EAOK_Sinod, lk 26
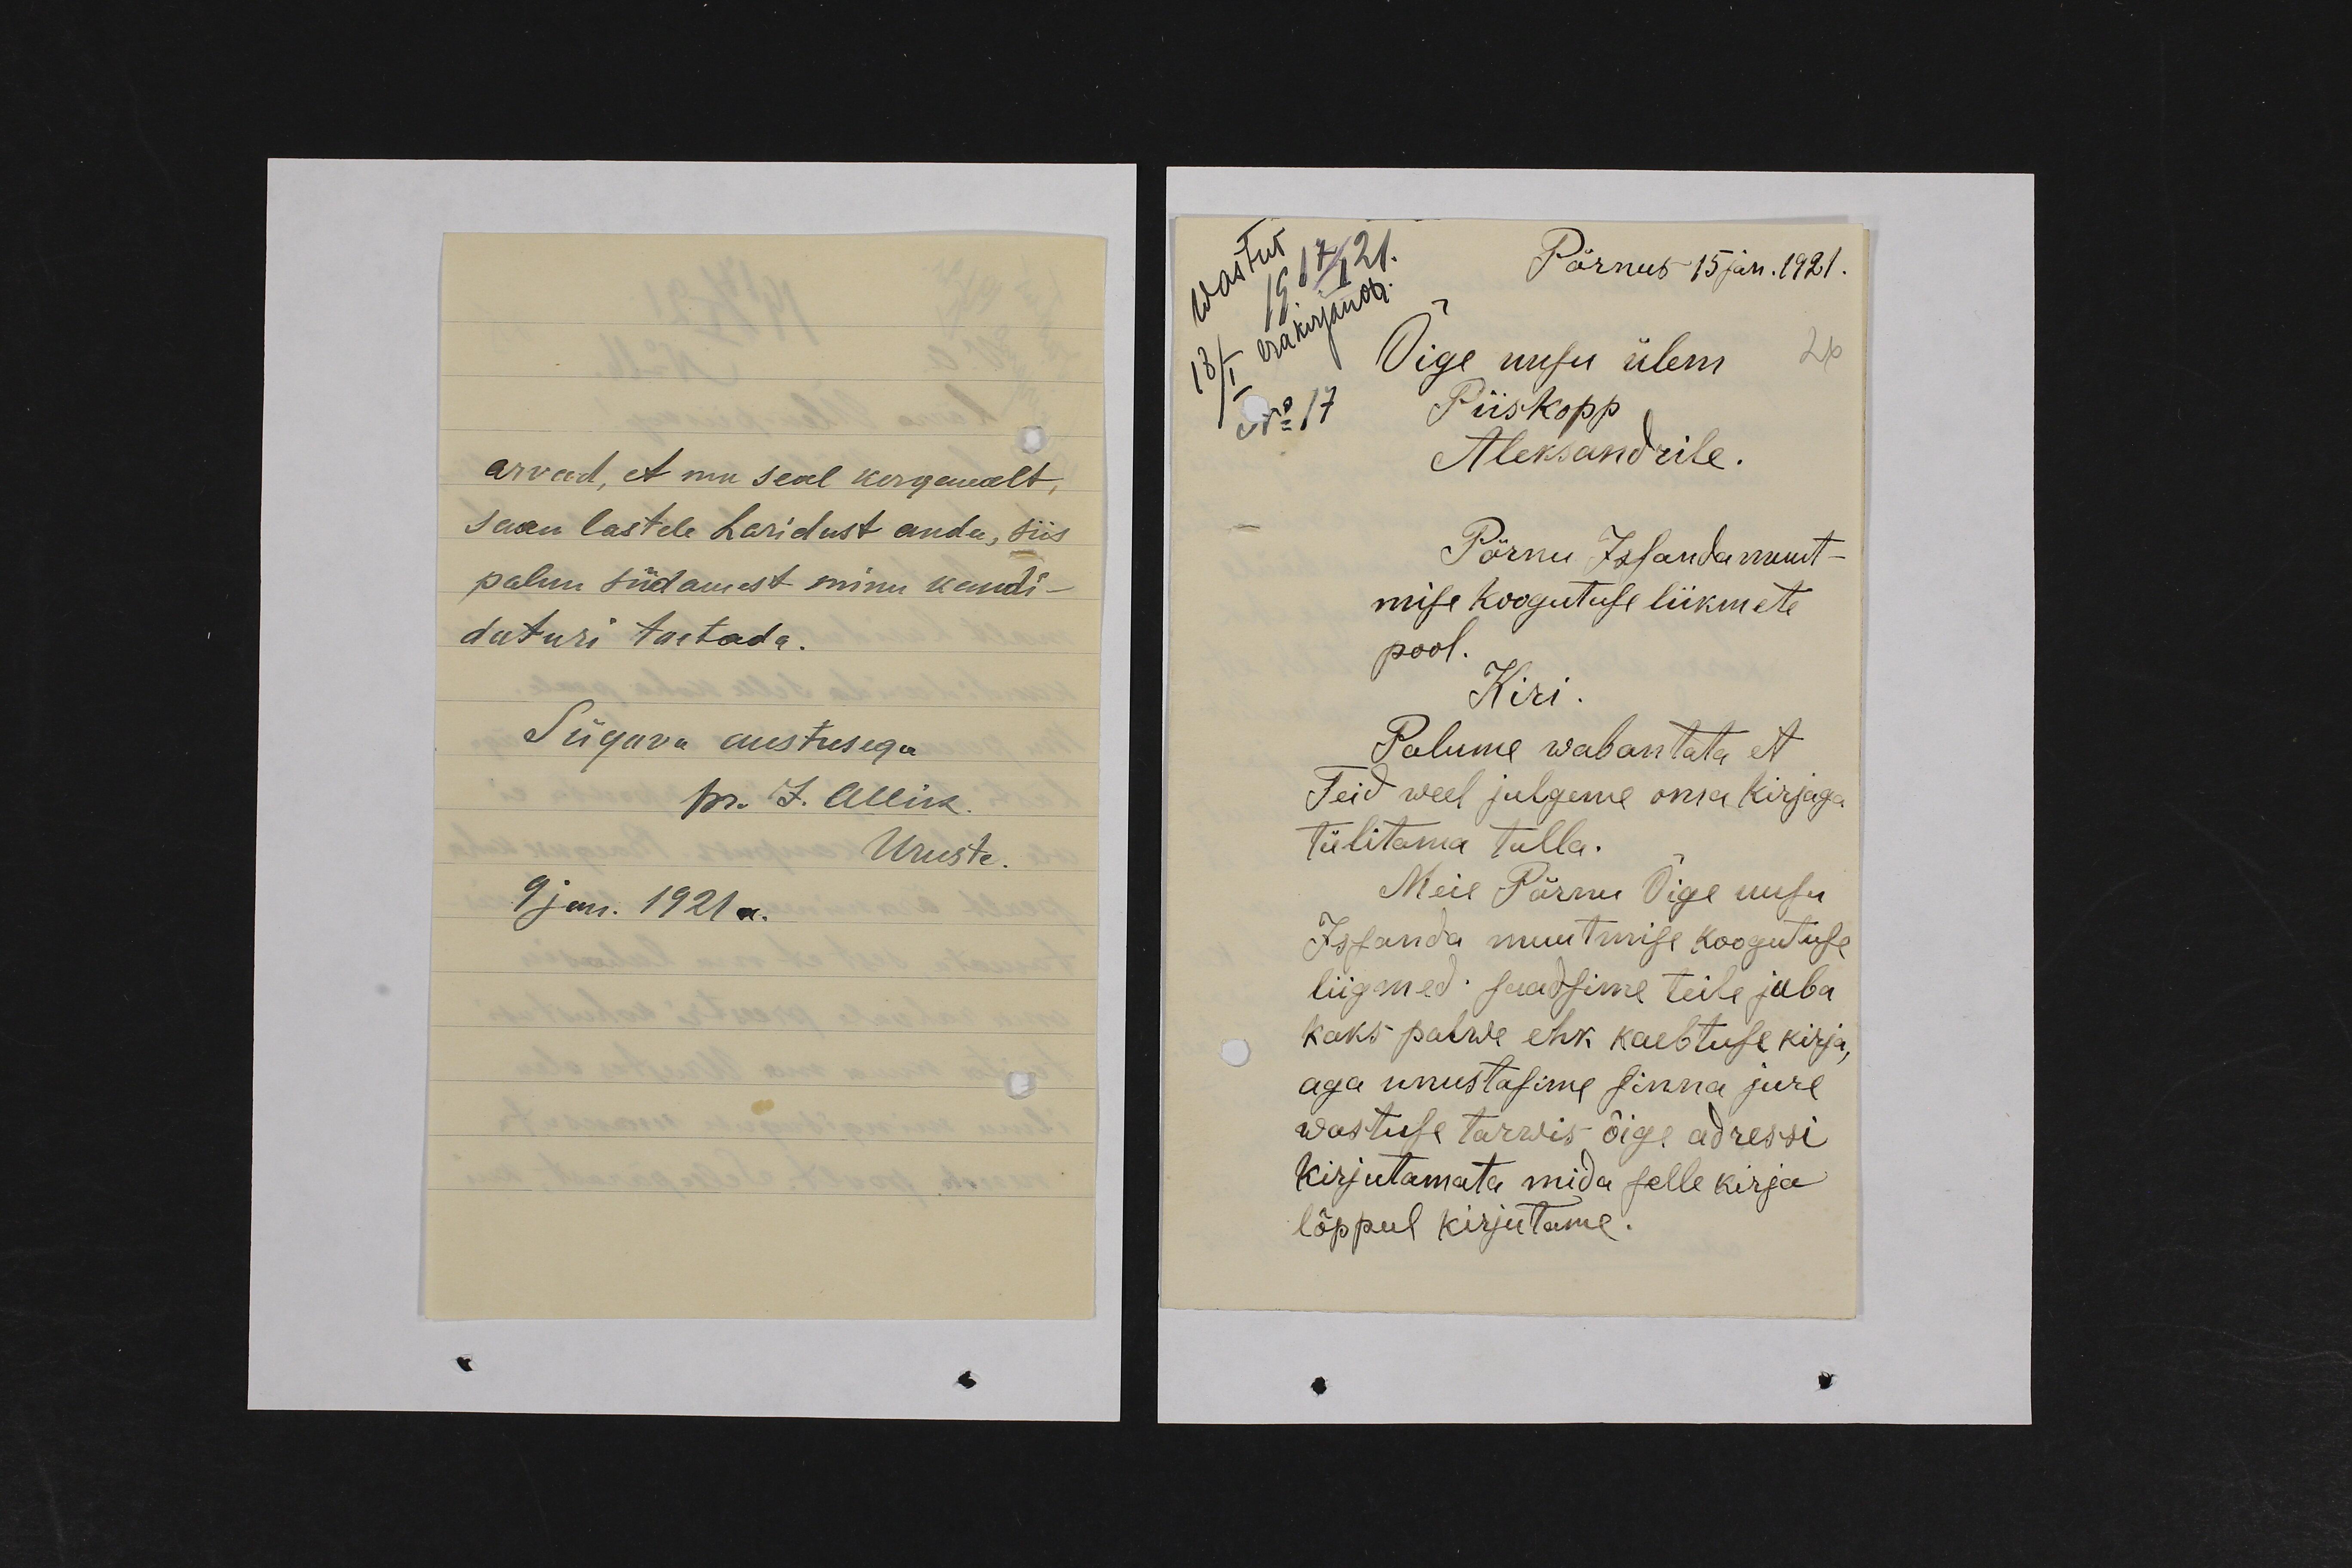
arvad, et mu seal kergemalt,
saan lastele haridust anda, siis
palun südamest minu kandi-
daturi toetada.
Sügava austusega
pr. J. Allik.
Uruste.
9 jan. 1921 a.

wastus
Pärnus 15 Jan. 1921.
19 17/I 21.
18/I erakirjanos.
Õige uusu ülem
No 17
Piiskopp
Aleksandrile.
Pärnu Issanda muut-
mise koogutuse liikmete
pool.
Kiri.
Palume wabantata et
Teid weel julgeme oma kirjaga
tülitama tulla.
Meil Pärnu Õige uusu
Issanda muutmise koogutuse
liigmed saadsime teile juba
kaks palwe ehk kaebtuse kirja,
aga unustasime sinna jure
wastuse tarwis õige adressi
kirjutamata mida selle kirja
lõppul kirjutame.